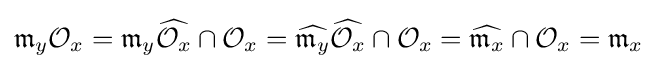
{\mathfrak {m}}_{y}{\mathcal {O}}_{x}={\mathfrak {m}}_{y}{\widehat {{\mathcal {O}}_{x}}}\cap {\mathcal {O}}_{x}={\widehat {{\mathfrak {m}}_{y}}}{\widehat {{\mathcal {O}}_{x}}}\cap {\mathcal {O}}_{x}={\widehat {{\mathfrak {m}}_{x}}}\cap {\mathcal {O}}_{x}={\mathfrak {m}}_{x}